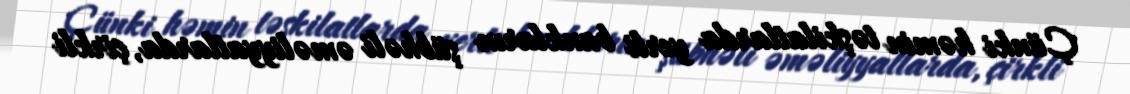
Çünki həmin təşkilatlarda yerli bankların şübhəli əməliyyatlarda, çirkli